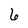
Character: 6